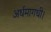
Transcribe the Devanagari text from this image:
अर्धमागधी।